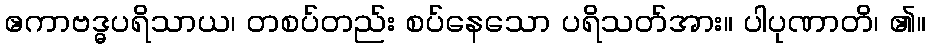
ဧကာဗဒ္ဓပရိသာယ၊ တစပ်တည်း စပ်နေသော ပရိသတ်အား။ ပါပုဏာတိ၊ ၏။